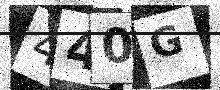
Text: 440G